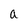
Character: a